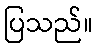
ပြသည်။